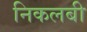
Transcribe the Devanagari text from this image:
निकलबी